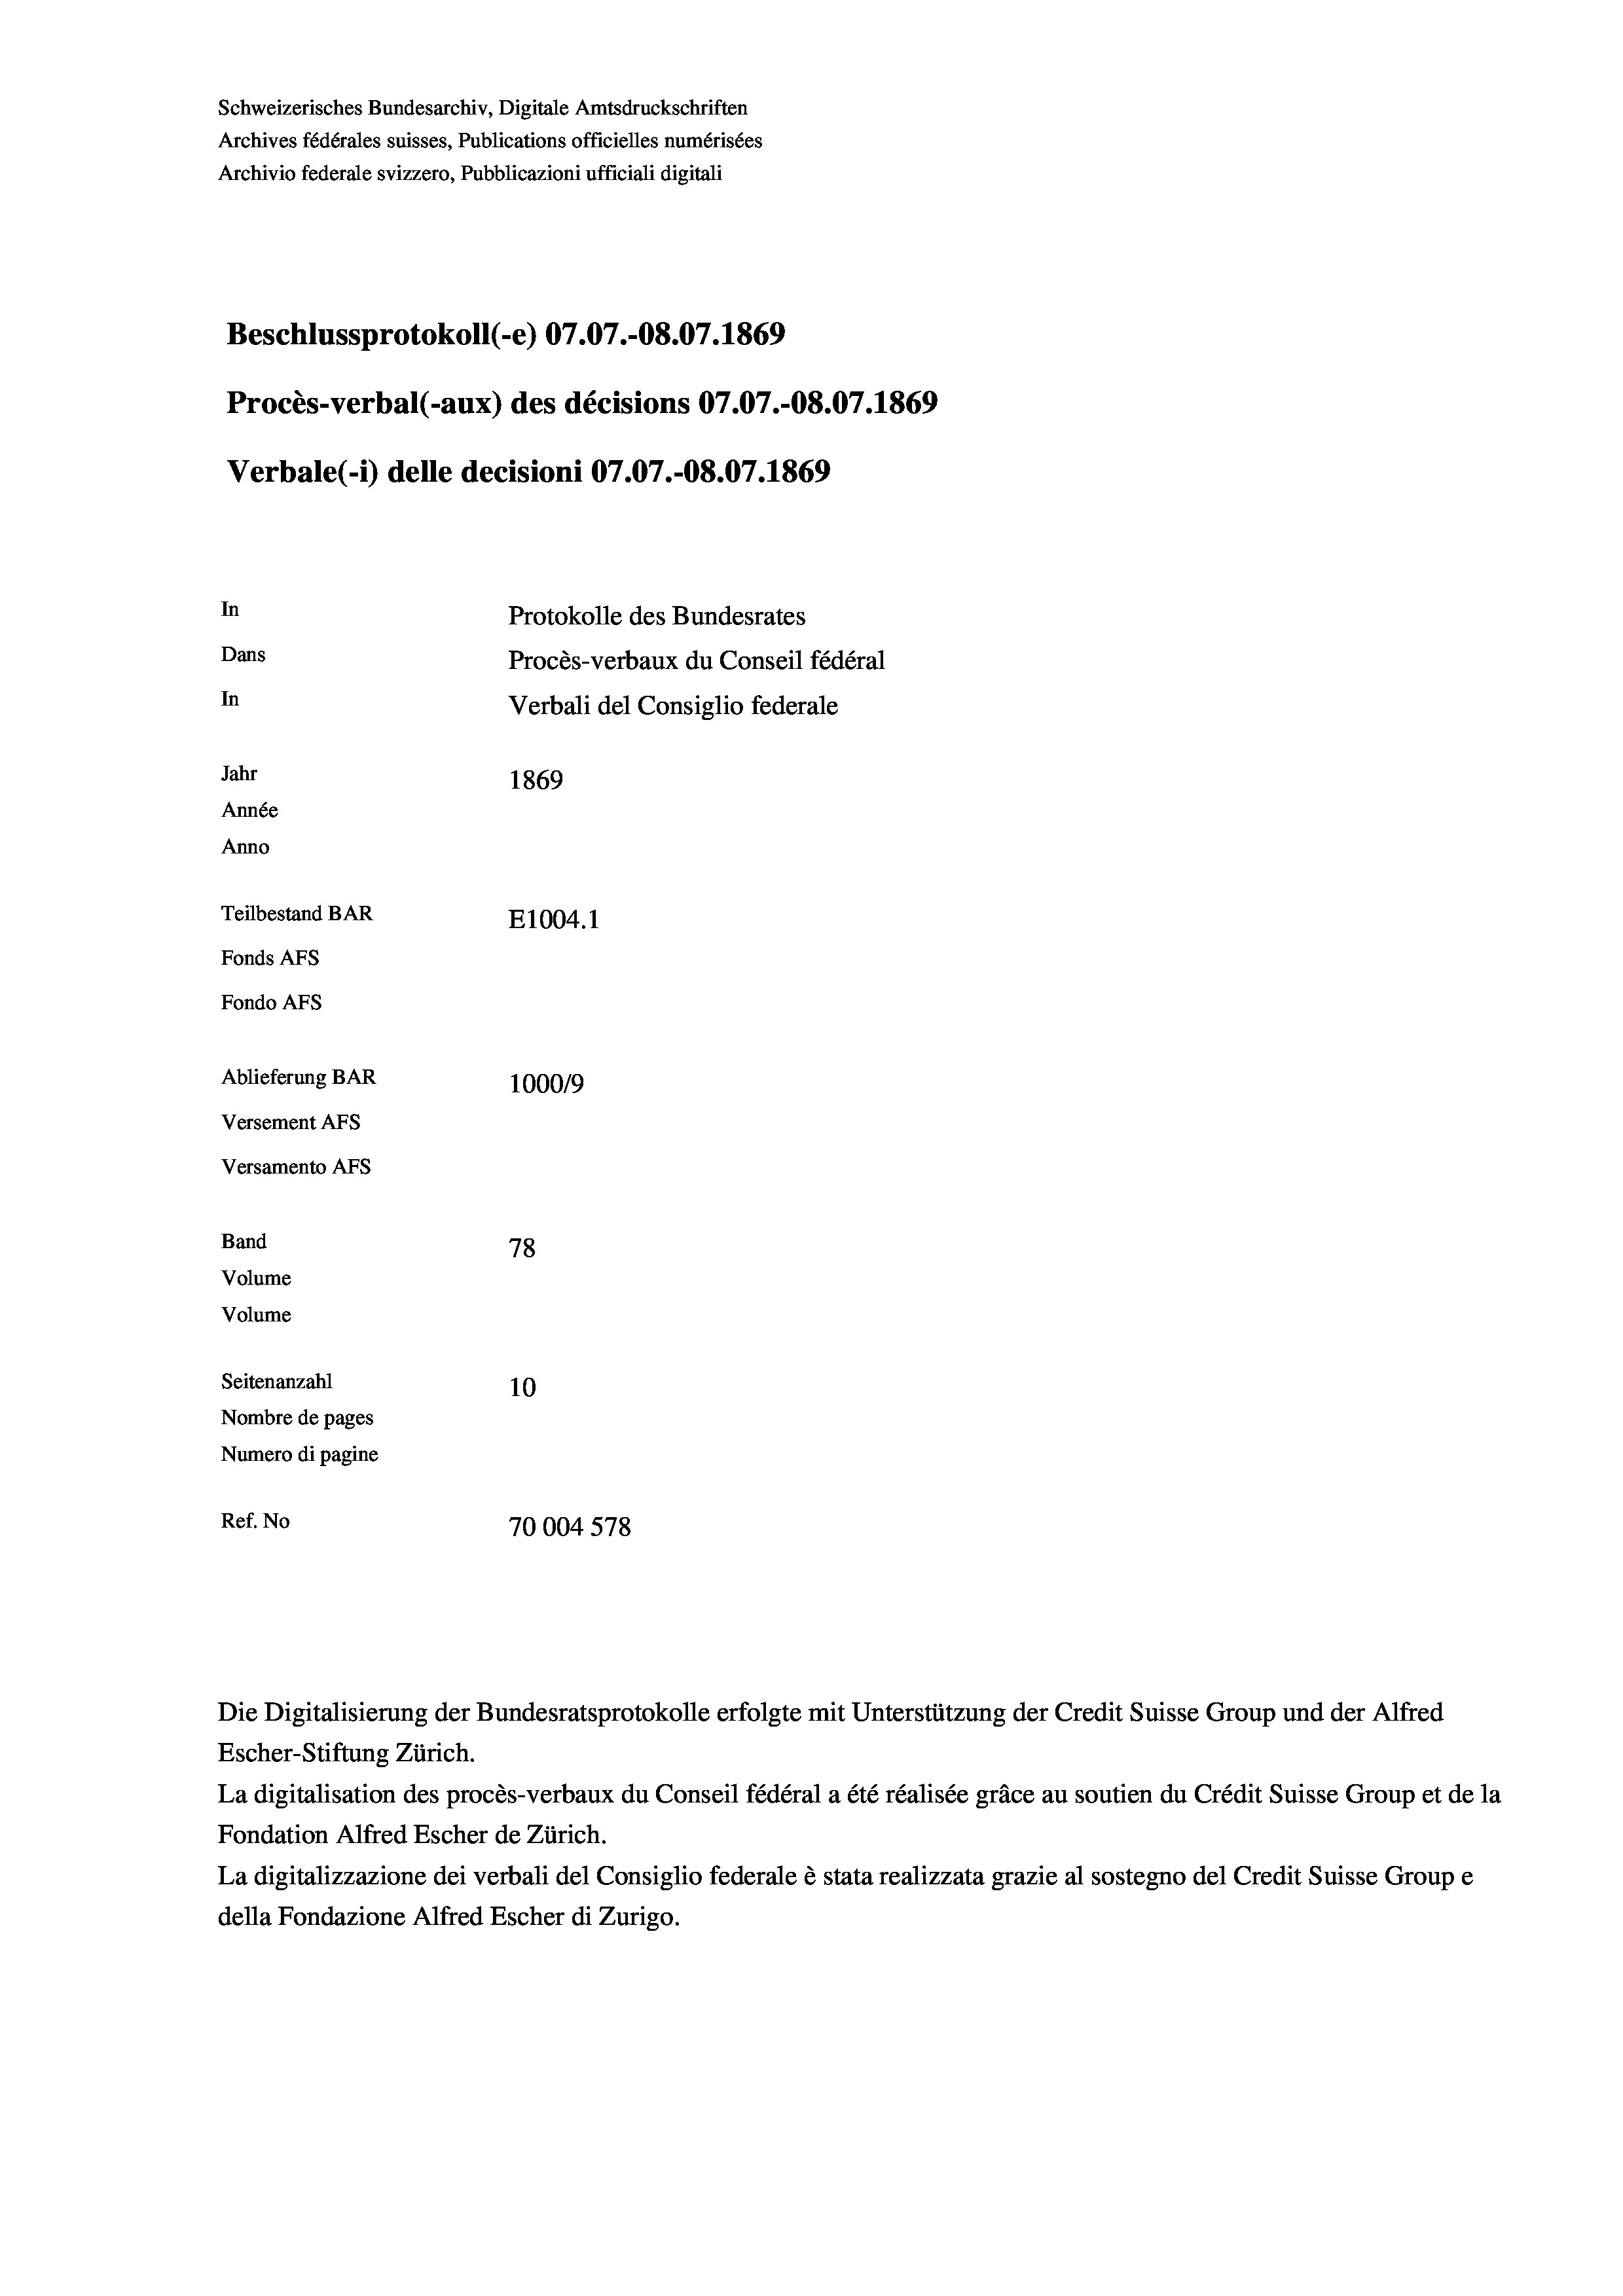
Beschlussprotokoll (-e) 07.07.-08.07. 1869
Procès-verbal (-aux) des décisions 07.07.-O8.07. 1869
In
Protokolle des Bundesrates
Dans
Procès-verbaux du Conseil fédéral
In
Verbali del Consiglio federale
Jahr
1869
Année
Anno
Teilbestand BAR
E1004.1
Fonds AFs
Fondo AFS

Ablieferung BAR
Versement AFs
Versamento AFs
Band
Volume
Volume

Schweizerisches Bundesarchiv, Digitale Amtsdruckschriften
Archives fédérales suisses, Publications officielles numérisées
Archivio federale svizzero, Pubblicazioni ufficiali digitali

Verbale (1) delle decisioni 07.07.-O8.07. 1869

78
Seitenanzahl
10
Nombre de pages
Numero di pagine
Ref. No
70004 578

1000/9

Escher-Stiftung Zürich.
La digitalisation des procès-verbaux du Conseil fédéral a été réalisée gräce au soutien du Crédit Suisse Group et de la
Fondation Alfred Escher de Zürich.
La digitalizzazione dei verbali del Consiglio federale è stata realizzata grazie al sostegno del Credit Suisse Groupe
della Fondazione Alfred Escher di Zurigo.

Die Digitalisierung der Bundesratsprotokolle erfolgte mit Unterstützung der Credit Suisse Group und der Alfred